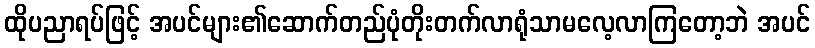
ထိုပညာရပ်ဖြင့် အပင်များ၏ဆောက်တည်ပုံတိုးတက်လာရုံသာမလေ့လာကြတော့ဘဲ အပင်